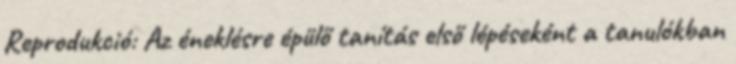
Reprodukció: Az éneklésre épülő tanítás első lépéseként a tanulókban